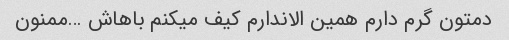
دمتون گرم دارم همین الاندارم کیف میکنم باهاش …ممنون